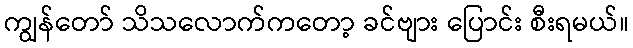
ကျွန်တော် သိသလောက်ကတော့ ခင်ဗျား ပြောင်း စီးရမယ်။